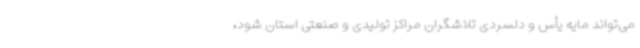
می‌تواند مایه یأس و دلسردی تلاشگران مراکز تولیدی و صنعتی استان شود،